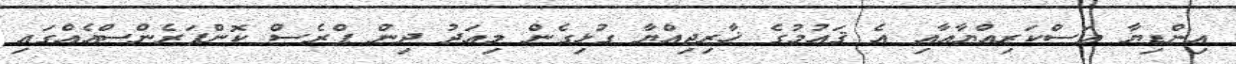
އިންޑިޔާ އަސްކަރިއްޔާއާއި އެ ޤައުމުގެ ޚާރިޖިއްޔާ ގުޅިގެން މިއަދު ދިން ޕްރެސް ކޮންފަރެންސްއެއްގައި